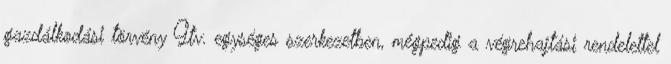
gazdálkodási törvény Gtv. egységes szerkezetben, mégpedig a végrehajtási rendelettel